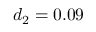
d _ { 2 } = 0 . 0 9